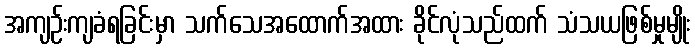
အကျဉ်းကျခံရခြင်းမှာ သက်သေအထောက်အထား ခိုင်လုံသည်ထက် သံသယဖြစ်မှုမျိုး